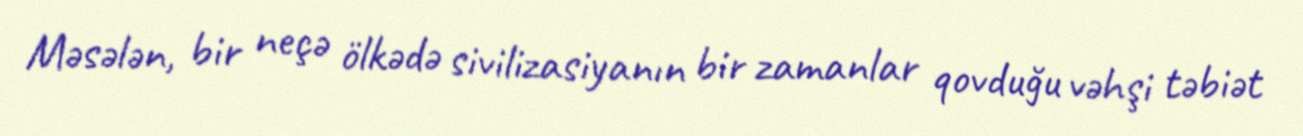
Məsələn, bir neçə ölkədə sivilizasiyanın bir zamanlar qovduğu vəhşi təbiət